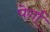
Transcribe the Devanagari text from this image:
पेर्गा